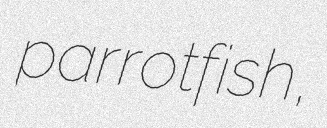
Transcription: parrotfish,